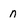
Character: n